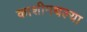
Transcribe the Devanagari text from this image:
काशीमधल्या